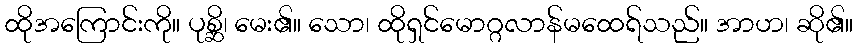
ထိုအကြောင်းကို။ ပုစ္ဆိ၊ မေး၏။ သော၊ ထိုရှင်မောဂ္ဂလာန်မထေရ်သည်။ အာဟ၊ ဆို၏။